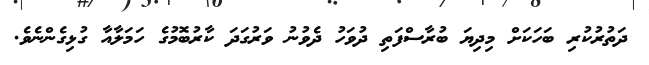
ދަތުރުކުރި ބަހަކަށް މިދިޔަ ބުރާސްފަތި ދުވަހު ދެވުނު ވަރުގަދަ ކާރުބޮމުގެ ހަމަލާއާ ގުޅިގެންނެވެ.